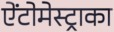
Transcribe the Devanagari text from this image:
ऐंटोमेस्ट्राका